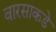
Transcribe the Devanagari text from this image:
वारसाकडे